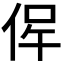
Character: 𠉖